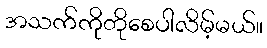
အသက်ကိုတိုစေပါလိမ့်မယ်။